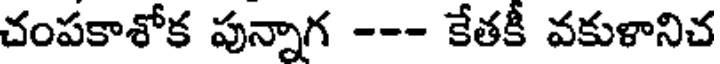
చంపకాశోక పున్నాగ --- కేతకీ వకుళానిచ